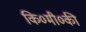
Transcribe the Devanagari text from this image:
कि०मी०की